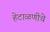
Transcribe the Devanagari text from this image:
हेटाळणीचे